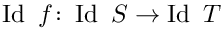
\operatorname { I d } \ f \colon \operatorname { I d } \ S \to \operatorname { I d } \ T